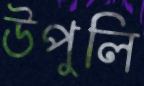
উপুলি